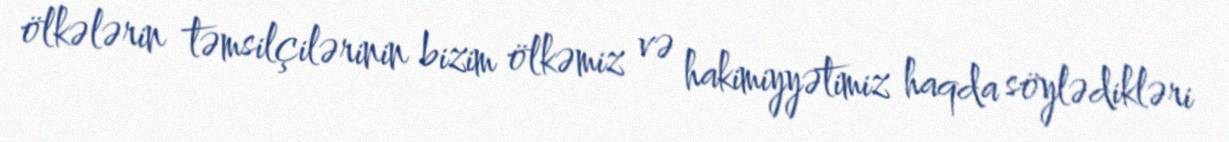
ölkələrin təmsilçilərinin bizim ölkəmiz və hakimiyyətimiz haqda söylədikləri